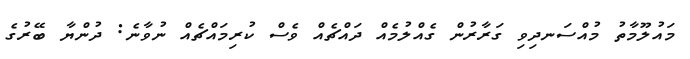
މައުލޫމާތު މުއްސަނދިވި ގަރާރުން ގެއްލުމެއް ދައްޗެއް ވެސް ކުރިމައްޗެއް ނުވާނެ: ދުންޔާ ބޭރުގެ